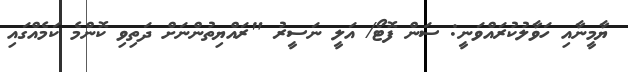
ޔާމީނާއި ހަވާލުކުރައްވަނީ: ސަން ފޮޓޯ/ އަލީ ނަސީރު "ރައްޔިތުންނަށް ދަތިވި ކޮންމެ ކަމެއްގައި